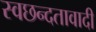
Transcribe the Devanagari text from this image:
स्वछन्दतावादी